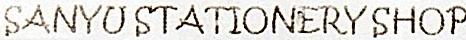
SANYU STATIONERY SHOP